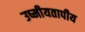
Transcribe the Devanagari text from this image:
उष्मीयतापीय